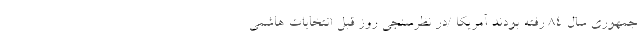
جمهوری سال ۸۴ رفته بودند آمریکا /در نظرسنجی روز قبل انتخابات هاشمی